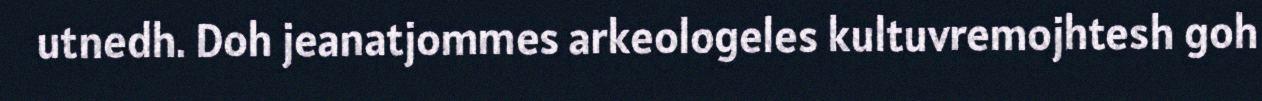
utnedh. Doh jeanatjommes arkeologeles kultuvremojhtesh goh